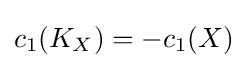
c_{1}(K_{X})=-c_{1}(X)